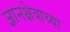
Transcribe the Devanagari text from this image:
ज्ञानक्षेत्राच्या